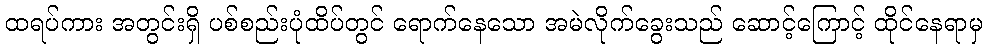
ထရပ်ကား အတွင်းရှိ ပစ်စည်းပုံထိပ်တွင် ရောက်နေသော အမဲလိုက်ခွေးသည် ဆောင့်ကြောင့် ထိုင်နေရာမှ